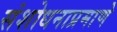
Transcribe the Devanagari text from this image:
संशोधनाप्रमाणे